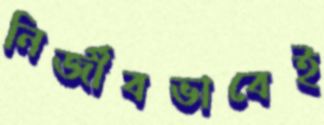
নির্জীবভাবেই